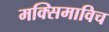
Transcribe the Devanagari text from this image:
मक्सिमाविच